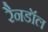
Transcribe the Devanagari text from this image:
रैनडॉल